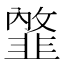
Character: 𩐇